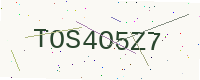
Text: TOS4O5Z7